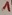
Text: 1